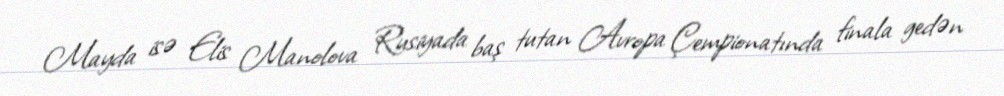
Mayda isə Elis Manolova Rusiyada baş tutan Avropa Çempionatında finala gedən